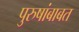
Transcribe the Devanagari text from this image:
पुरुषांबाबत